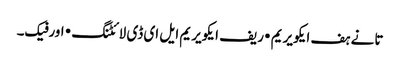
تانے ہف ایکویریم • ریف ایکویریم ایل ای ڈی لائٹنگ • اورفیک۔